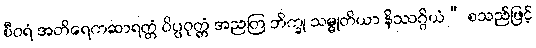
စီဝရံ အတိရေကဆာရတ္တံ ဝိပ္ပဝုတ္တံ အညတြ ဘိက္ခု သမ္မုတိယာ နိဿဂ္ဂိယံ” စသည်ဖြင့်